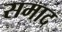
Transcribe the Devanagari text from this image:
समाद